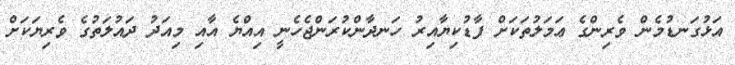
އަޅުގަނޑުމެން ވެރިންގެ ޢަމަލުތަކަށް ފާޑުކިޔާއިރު ހަނދާންކުރަންޖެހެނީ އިއްޔެ އާއި މިއަދު ދައުލަތުގެ ވެރިޔަކަށް